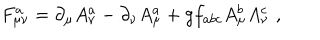
LaTeX: F _ { \mu \nu } ^ { a } = \partial _ { \mu } A _ { \nu } ^ { a } - \partial _ { \nu } A _ { \mu } ^ { a } + g f _ { a b c } A _ { \mu } ^ { b } A _ { \nu } ^ { c } \, \, ,